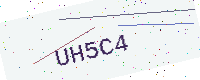
Text: UH5C4